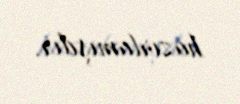
hazırlamışdır.